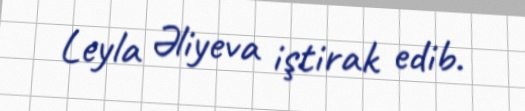
Leyla Əliyeva iştirak edib.